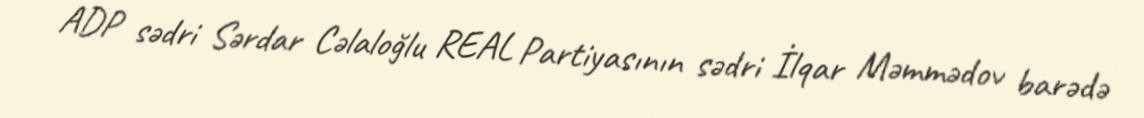
ADP sədri Sərdar Cəlaloğlu REAL Partiyasının sədri İlqar Məmmədov barədə